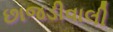
છાજડીવાલી